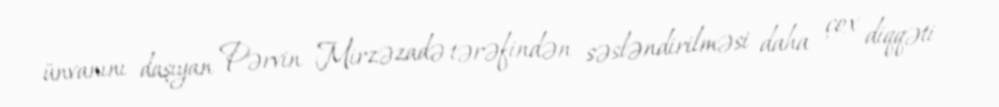
ünvanını daşıyan Pərvin Mirzəzadə tərəfindən səsləndirilməsi daha çox diqqəti